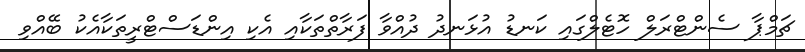
ޗަމްޕާ ސެންޓްރަލް ހޮޓެލްގައި ކަނޑު އުޅަނދު ދުއްވާ ފަރާތްތަކާއި އެކި އިންޑަސްޓްރީތަކާއެކު ބޭއްވި